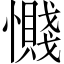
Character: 𫻔